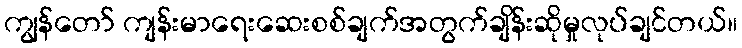
ကျွန်တော် ကျန်းမာရေးဆေးစစ်ချက်အတွက်ချိန်းဆိုမှုလုပ်ချင်တယ်။